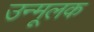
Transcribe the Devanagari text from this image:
उन्मूलक